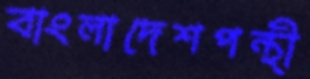
বাংলাদেশপন্থী